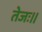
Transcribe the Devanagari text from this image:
तेजः॥